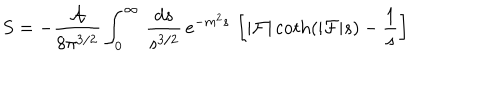
S = - { \frac { \cal A } { 8 \pi ^ { 3 / 2 } } } \int _ { 0 } ^ { \infty } \, { \frac { d s } { s ^ { 3 / 2 } } } \, e ^ { - m ^ { 2 } s } \, \left[ | { \cal F } | \coth \left( | { \cal F } | s \right) - { \frac { 1 } { s } } \right]